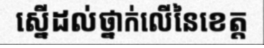
ស្នើដល់ថ្នាក់លើនៃខេត្ត